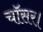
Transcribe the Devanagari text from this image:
चॉसर।